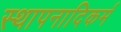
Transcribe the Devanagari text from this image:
स्थापनादिकर्म